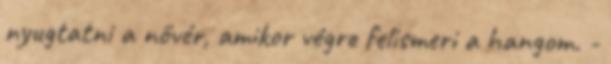
nyugtatni a nővér, amikor végre felismeri a hangom. -